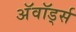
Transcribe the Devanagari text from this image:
अॅवॉर्ड्स